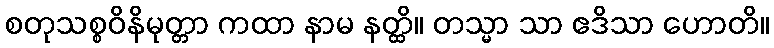
စတုသစ္စဝိနိမုတ္တာ ကထာ နာမ နတ္ထိ။ တသ္မာ သာ ဧဒိသာ ဟောတိ။